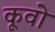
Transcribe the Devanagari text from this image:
कूवो